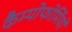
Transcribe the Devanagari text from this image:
कैम्पोफोर्मियों